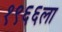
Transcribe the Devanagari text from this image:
१९६६ला